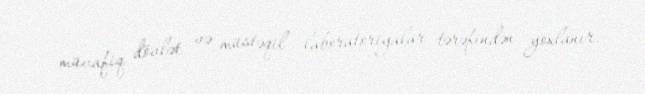
müvafiq dövlət və müstəqil laboratoriyalar tərəfindən yoxlanır.